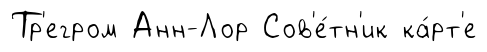
Тр'егром Анн-Лор Сов'е́тн'ик ка́рт'е